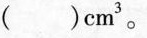
()cm^{3}。